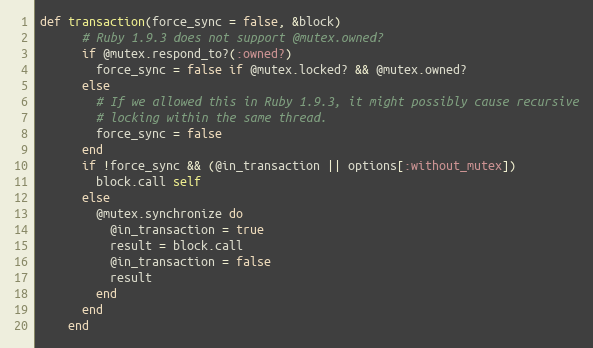
Language: Ruby
def transaction(force_sync = false, &block)
      # Ruby 1.9.3 does not support @mutex.owned?
      if @mutex.respond_to?(:owned?)
        force_sync = false if @mutex.locked? && @mutex.owned?
      else
        # If we allowed this in Ruby 1.9.3, it might possibly cause recursive
        # locking within the same thread.
        force_sync = false
      end
      if !force_sync && (@in_transaction || options[:without_mutex])
        block.call self
      else
        @mutex.synchronize do
          @in_transaction = true
          result = block.call
          @in_transaction = false
          result
        end
      end
    end